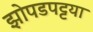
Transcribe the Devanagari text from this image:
झोपडपट्टया